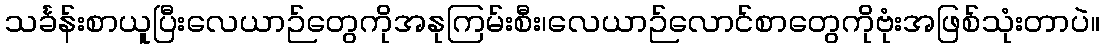
သင်္ခန်းစာယူပြီးလေယာဉ်တွေကိုအနုကြမ်းစီး၊လေယာဉ်လောင်စာတွေကိုဗုံးအဖြစ်သုံးတာပဲ။